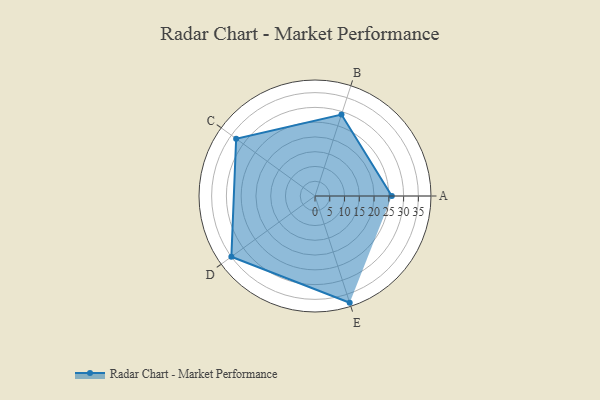
{"axis": {"x": "Skill", "y": "Score"}, "legend": ["Profile"], "data": [{"x": "A", "y": 26.0, "type": "Profile"}, {"x": "B", "y": 29.0, "type": "Profile"}, {"x": "C", "y": 33.0, "type": "Profile"}, {"x": "D", "y": 35.0, "type": "Profile"}, {"x": "E", "y": 38.0, "type": "Profile"}]}